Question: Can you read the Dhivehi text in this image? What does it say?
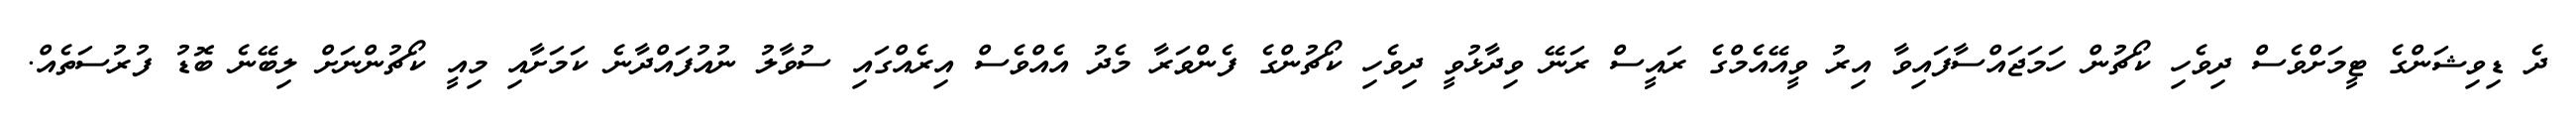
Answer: ދެ ޑިވިޝަންގެ ޓީމަށްވެސް ދިވެހި ކޯޗުން ހަމަޖައްސާފައިވާ އިރު ވީއޭއެމްގެ ރައީސް ރަނޭ ވިދާޅުވީ ދިވެހި ކޯޗުންގެ ފެންވަރާ މެދު އެއްވެސް އިރެއްގައި ސުވާލު ނުއުފައްދާނެ ކަމަށާއި މިއީ ކޯޗުންނަށް ލިބޭނެ ބޮޑު ފުރުސަތެއް.